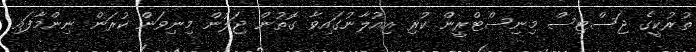
ތުރުކީގެ ޖަސްޓިސް މިނިސްޓްރީން ކުރި އިއުލާނުގައިވާ ގޮތުން ޖަލުން މިނިވަން ކުރަން ނިންމާފައި